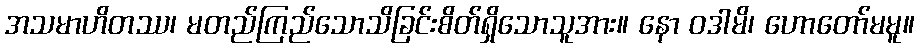
အသမာဟိတဿ၊ မတည်ကြည်သောသိခြင်းစိတ်ရှိသောသူအား။ နော ဝဒါမိ၊ ဟောတော်မမူ။